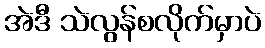
အဲဒီ သဲလွန်စလိုက်မှာပဲ